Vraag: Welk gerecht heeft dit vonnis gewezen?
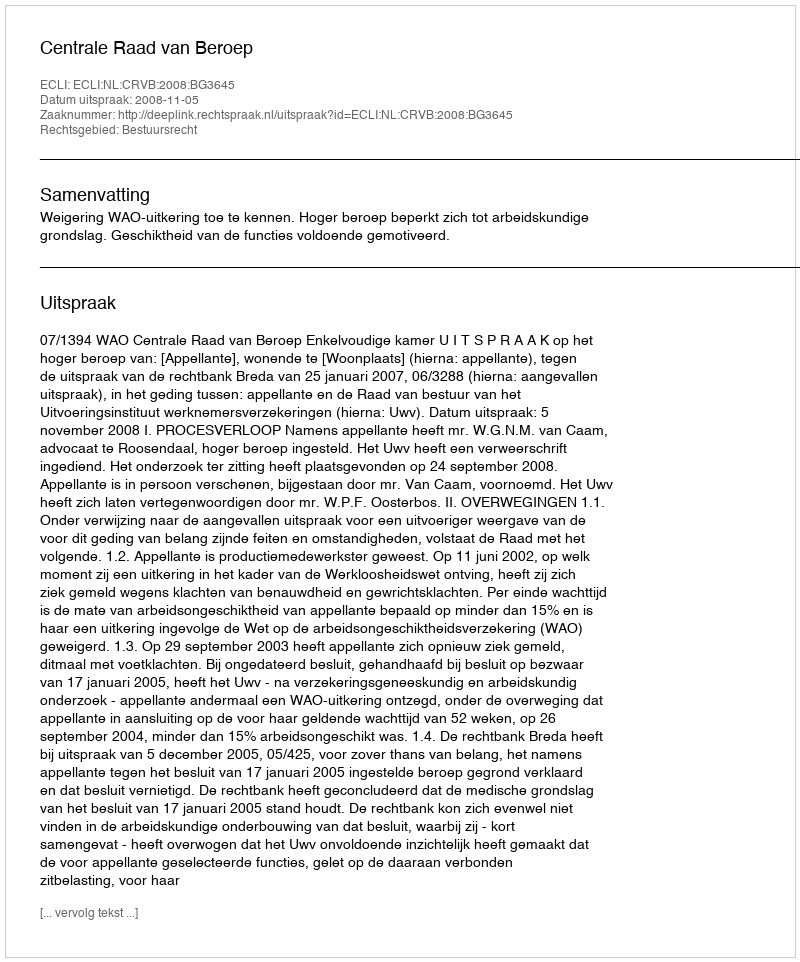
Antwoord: Centrale Raad van Beroep